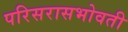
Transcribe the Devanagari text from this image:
परिसरासभोवती